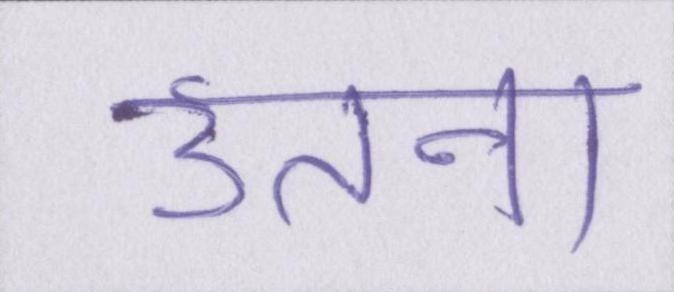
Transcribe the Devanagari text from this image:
उतना